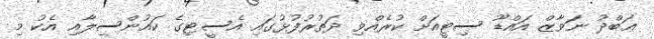
ޢަބްދު ނަވާޒް އައްޑޫ ސިޓީއަށް ކުރެއްވި ދަތުރުފުޅުގައި އެސީޓިގެ ކައުންސިލާއި އެކު މި